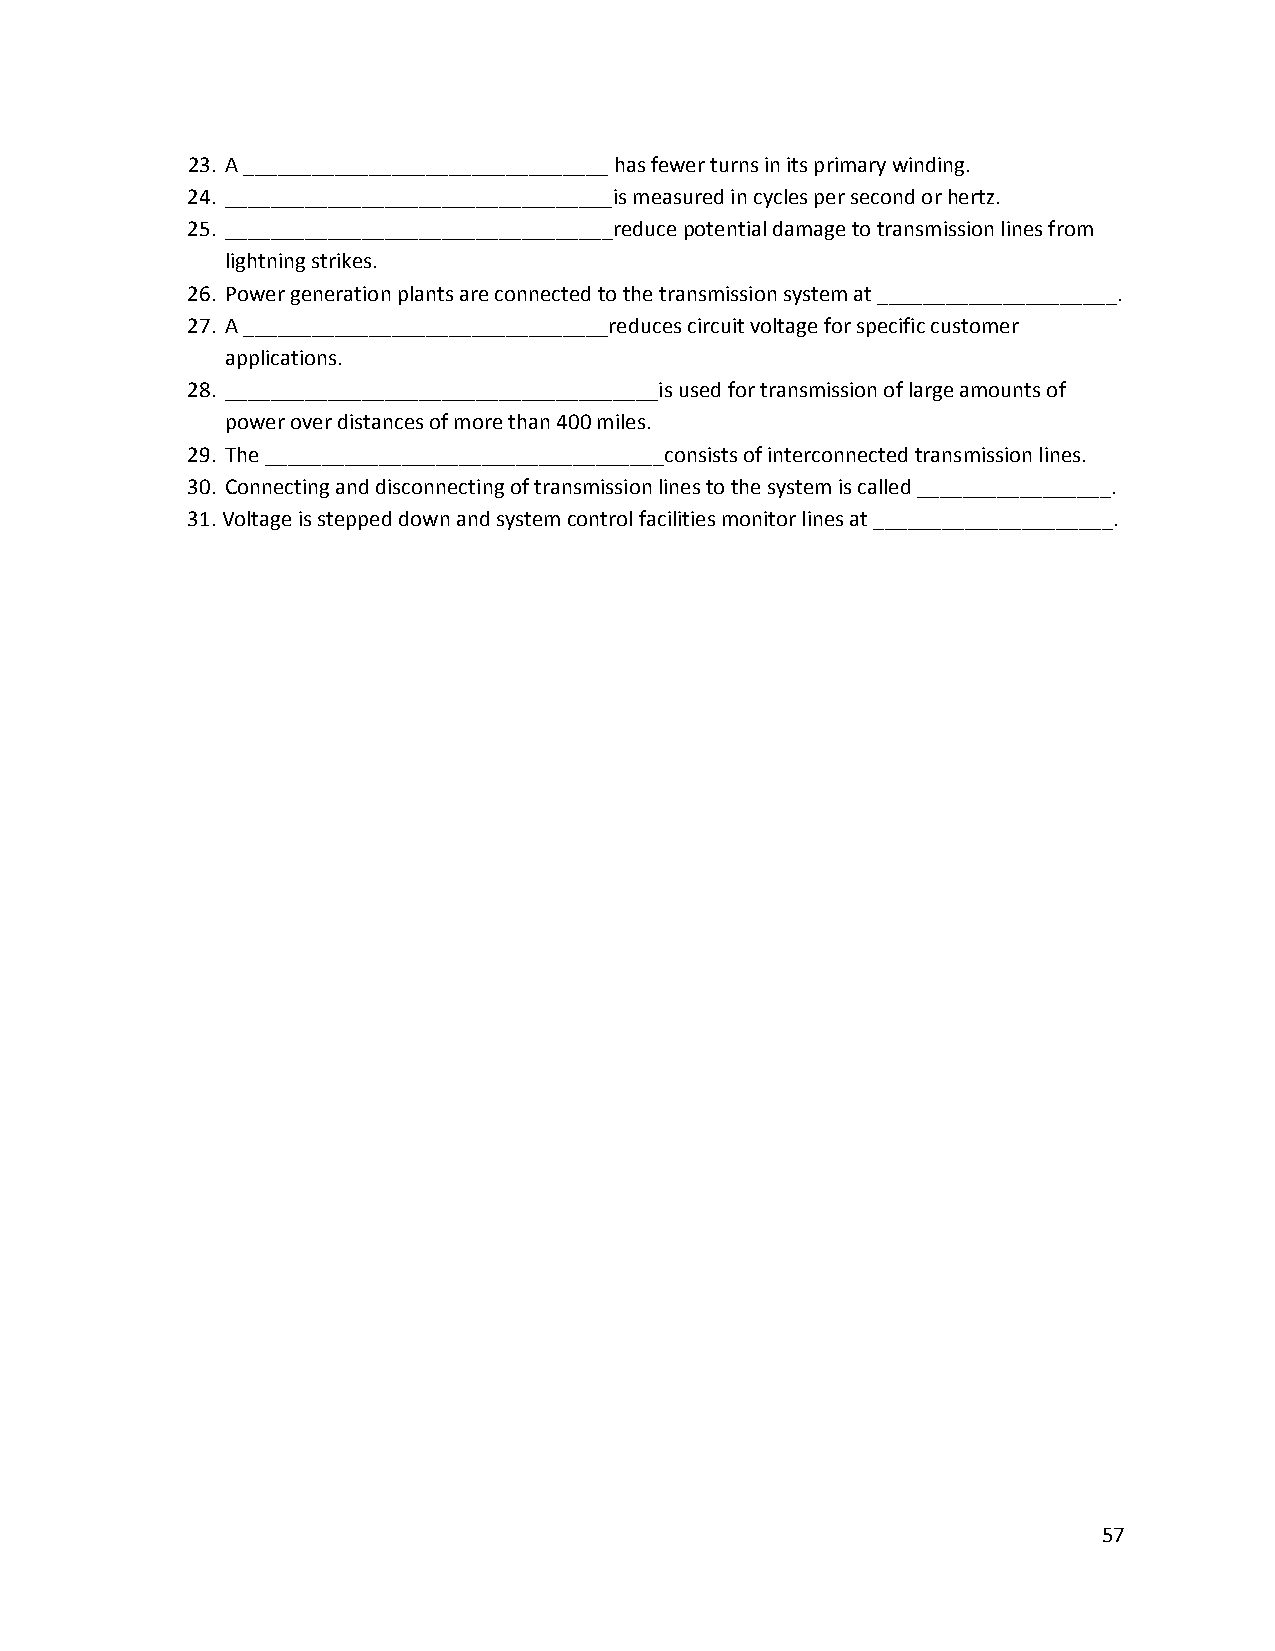
23. A ________________________________ has fewer turns in its primary winding.
 24. __________________________________is measured in cycles per second or hertz.
 25. __________________________________reduce potential damage to transmission lines from
 lightning strikes.
 26. Power generation plants are connected to the transmission system at _____________________.
 27. A ________________________________reduces circuit voltage for specific customer
 applications.
 28. ______________________________________is used for transmission of large amounts of
 power over distances of more than 400 miles.
 29. The ___________________________________consists of interconnected transmission lines.
 30. Connecting and disconnecting of transmission lines to the system is called _________________.
 31. Voltage is stepped down and system control facilities monitor lines at _____________________.
 57